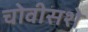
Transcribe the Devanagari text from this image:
चोवीसशे